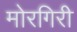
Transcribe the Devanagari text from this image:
मोरगिरी